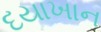
દયાખાન